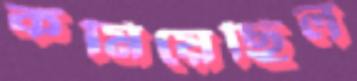
কমিয়েছিল